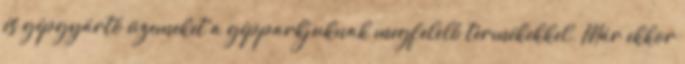
és gépgyártó üzemeket a gépparkjuknak megfelelő termékekkel. Már ekkor